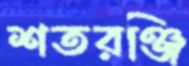
শতরঞ্জি